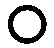
ဝ